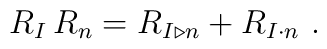
R_I \, R_n = R_{I \triangleright n} + R_{I\cdot n} \ .